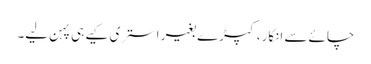
چائے سے انکار، کپڑے بغیر استری کیے ہی پہن لیے۔